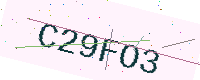
Text: C29FO3